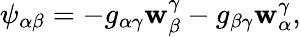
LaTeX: \psi_{\alpha\beta}=-g_{\alpha\gamma}\mathbf{w}_{\beta}^{\gamma}-g_{\beta\gamma}\mathbf{w}_{\alpha}^{\gamma},